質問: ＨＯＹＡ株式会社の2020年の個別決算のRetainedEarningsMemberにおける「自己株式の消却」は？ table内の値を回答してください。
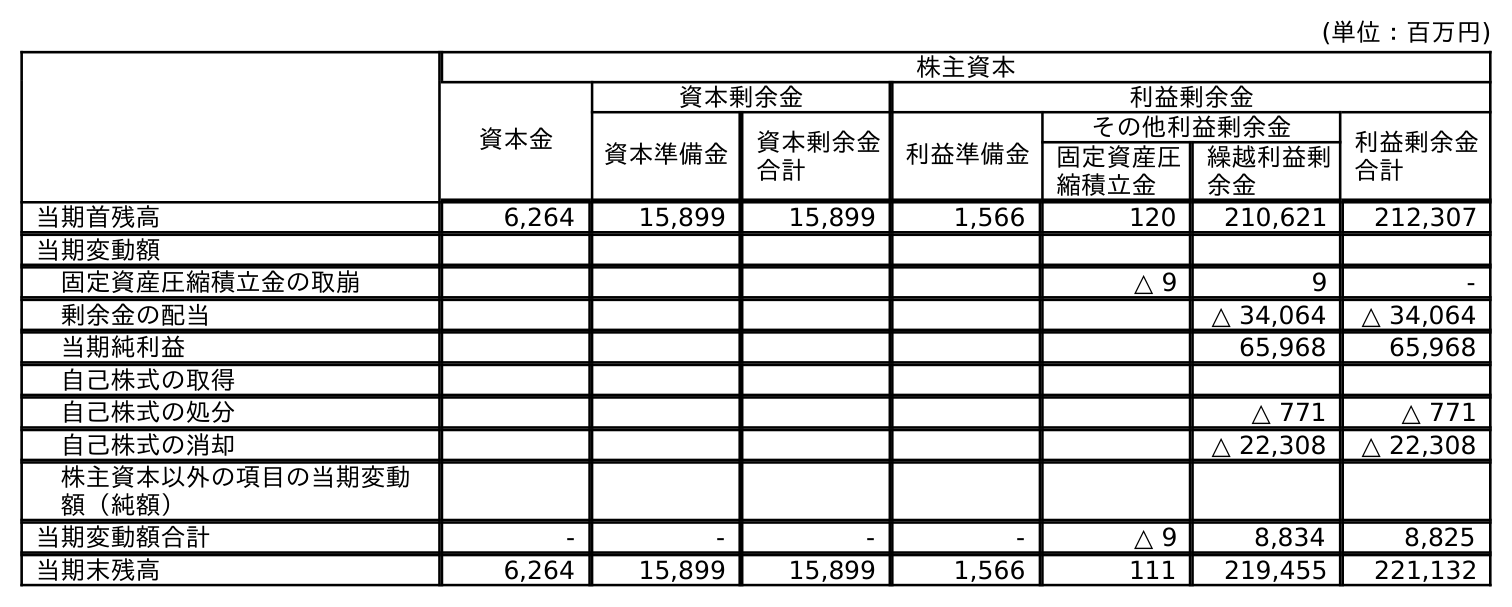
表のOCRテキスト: (単位：百万円) 株主資本 資本金 資本剰余金 利益剰余金 資本準備金 資本剰余金 合計 利益準備金 その他利益剰余金 利益剰余金 合計 固定資産圧 縮積立金 繰越利益剰 余金 当期首残高 6,264 15,899 15,899 1,566 120 210,621 212,307 当期変動額 固定資産圧縮積立金の取崩 △ 9 9 - 剰余金の配当 △ 34,064 △ 34,064 当期純利益 65,968 65,968 自己株式の取得 自己株式の処分 △ 771 △ 771 自己株式の消却 △ 22,308 △ 22,308 株主資本以外の項目の当期変動 額（純額） 当期変動額合計 - - - - △ 9 8,834 8,825 当期末残高 6,264 15,899 15,899 1,566 111 219,455 221,132
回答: △22,308